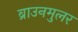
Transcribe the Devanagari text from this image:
ब्राउनमुलर